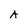
Character: A